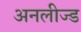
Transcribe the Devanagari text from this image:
अनलीज्ड